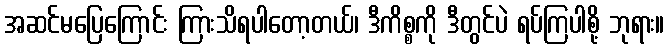
အဆင်မပြေကြောင်း ကြားသိရပါတော့တယ်၊ ဒီကိစ္စကို ဒီတွင်ပဲ ရပ်ကြပါစို့ ဘုရား။